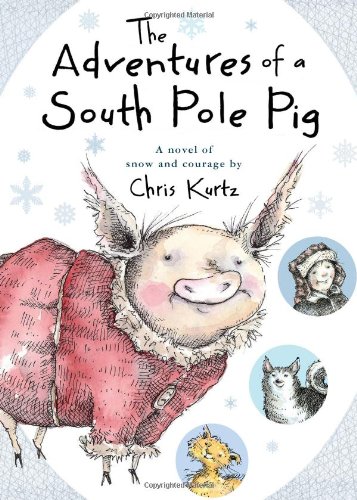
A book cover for The Adventures of a South Pole Pig: A novel of snow and courage; Chris Kurtz; Children's Books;